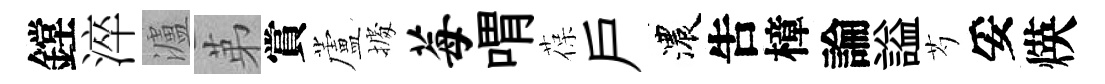
鏜淬瀘苐賞蘆𢴃莓喟葆戶濃吿樟論謚芍妥煐